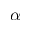
\alpha